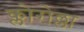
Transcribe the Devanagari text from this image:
क्लोरोल्ला